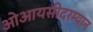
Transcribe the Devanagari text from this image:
ओआयसीदरम्यान